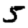
Digit: 5